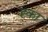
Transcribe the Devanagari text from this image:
ह्का